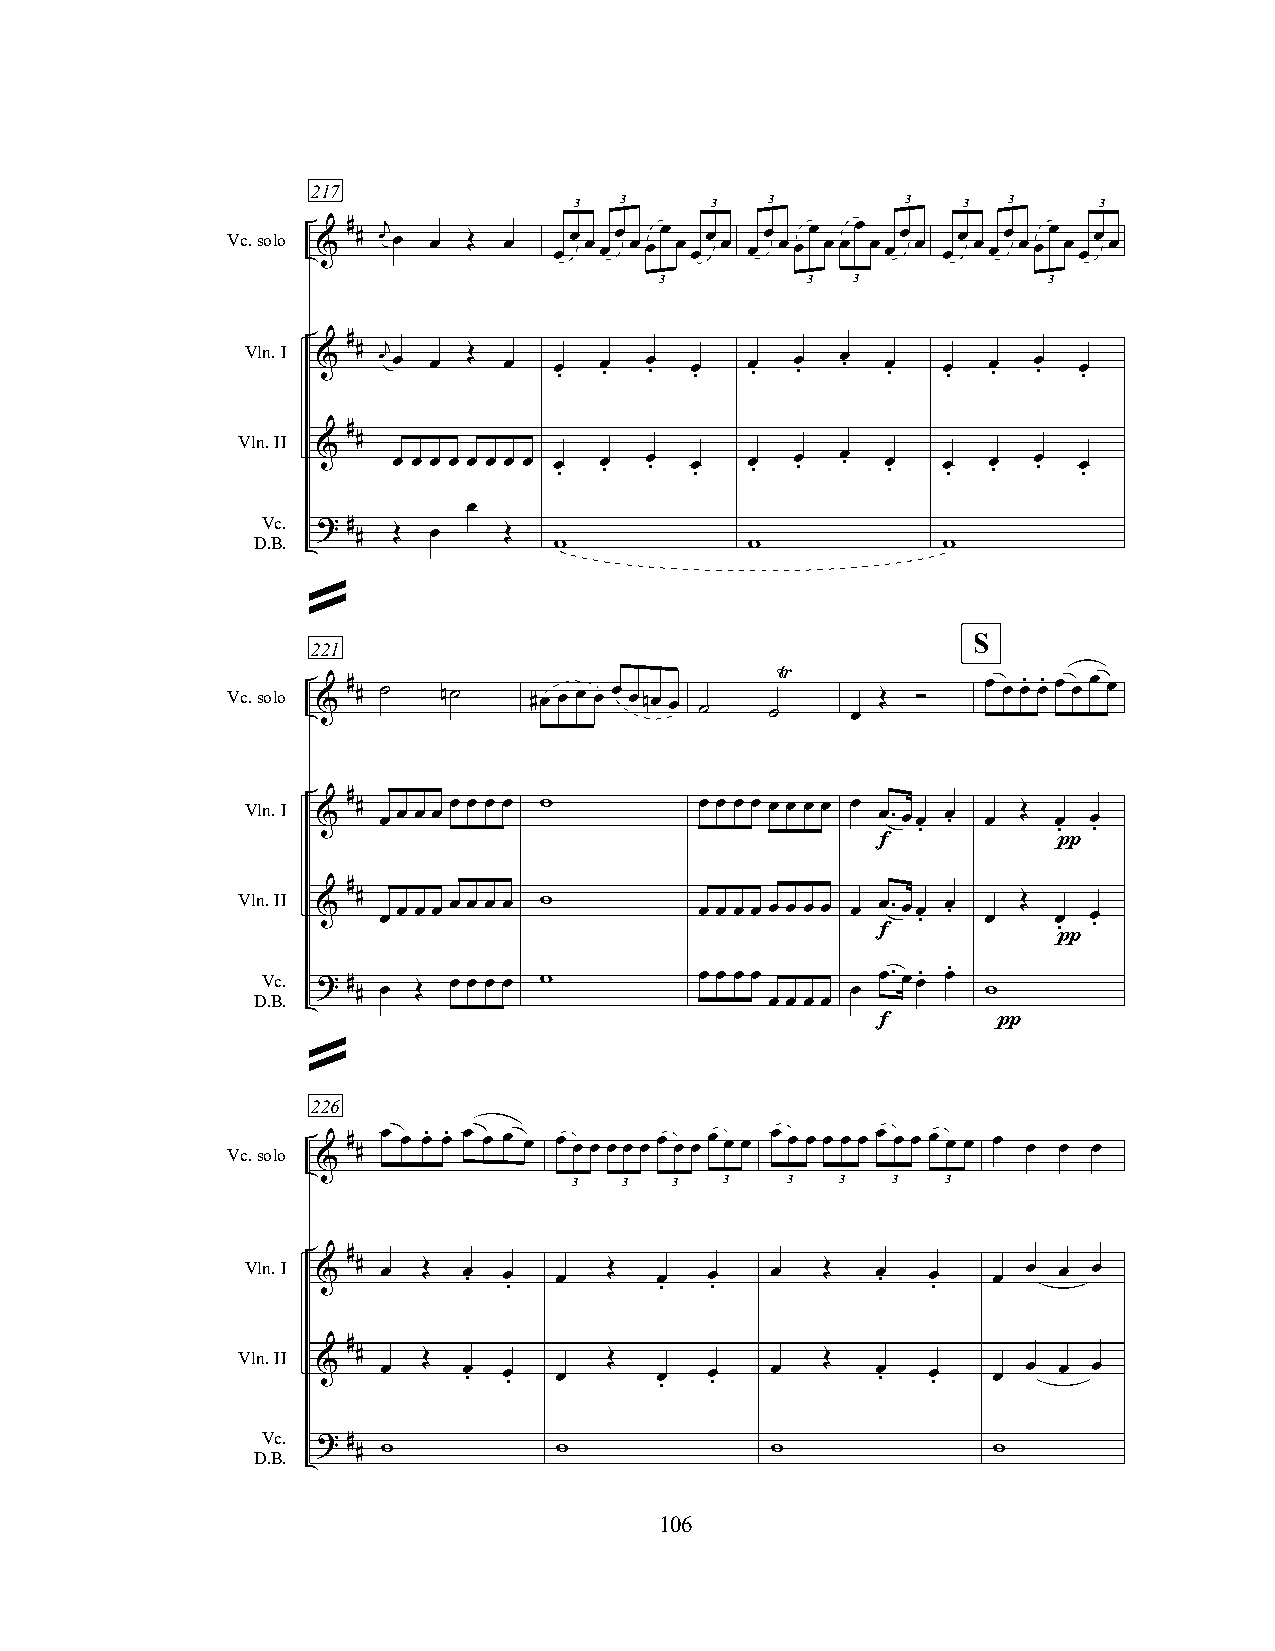
217
 3  3     3   3        3   3  3     3
 Vc.solo & # # œj œ œ Œ œ œœ œ œœ œœœ œ œœ œ œœ œœœ œœœ œ œœ œ œœ œ œœ œœœ œ œœ œ
 3        3  3            3
 #
 Vln.I & # œj œ œ Œ œ œ . œ . œ . œ . œ . œ . œ . œ . œ . œ . œ . œ .
 #
 Vln.II  #
 &    œ œ œ œ œ œ œ œ œ . œ . œ . œ . œ . œ . œ . œ . œ . œ . œ . œ .
 œ
 Vc.
 ? #
 D.B.   # Œ œ    Œ
 w            w           w
 »
 S
 221
 Vc.solo & # # ˙ n˙  #œ œ œ œ œ œnœ œ ˙ ˙Ÿ
 œ
 Œ  ”   œ œ œ. œ. œ œ œ œ
 #
 Vln.I & # œ œ œ œ œ œ œ œ w   œ œ œ œ œ œ œ œ œ œ. œœ œ . œ Œ œ œ
 .        . .
 f           π
 #
 Vln.II & # œ œ œ œ œ œ œ œ w  œ œ œ œ œ œ œ œ œ œ f. œœ . œ . œ Œ œ .
 π
 œ .
 Vc. ? #      œ œ œ œ w       œ œ œ œ     œ. œœ. œ.
 D.B.   # œ Œ                           œ        w
 œ œ œ œ
 f       π
 »
 226
 Vc.solo # # œ œ œ. œ. œ œ œ œ œ œ œ œ œ œ œ œ œ œ œ œ œ œ œ œ œ œ œ œ œ œ œ œ œ œ œ œ
 &
 3  3   3  3   3   3  3   3
 #
 Vln.I & # œ Œ  œ . œ œ  Œ   œ  œ   œ   Œ  œ . œ   œ œ œ œ
 .          .  .              .
 #
 Vln.II  #   Œ           Œ              Œ
 &   œ     œ . œ . œ    œ . œ . œ     œ . œ . œ œ œ œ
 Vc.
 ? #
 D.B.   # w          w             w              w
 106